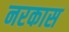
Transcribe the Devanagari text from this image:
नरकास